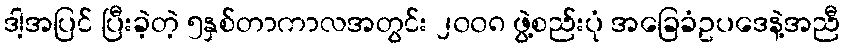
ဒါ့အပြင် ပြီးခဲ့တဲ့ ၅နှစ်တာကာလအတွင်း ၂၀၀၈ ဖွဲ့စည်းပုံ အခြေခံဥပဒေနဲ့အညီ